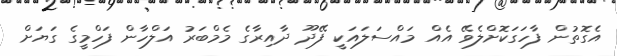
އެގޮތުން ފާހަގަކޮށްލެވޭ އެއް މައްސަލައަކީ ފޭދޫ ދާއިރާގެ މެމްބަރު އަލްހާން ފަހްމީގެ ގަޔަށް